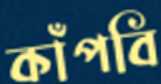
কাঁপবি